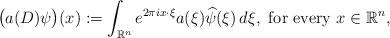
LaTeX: \begin{align*}\big( a(D)\psi \big)(x) := \int_{\mathbb{R}^n} e^{2 \pi i x \cdot \xi}a(\xi) \widehat{\psi}(\xi) \, d\xi, \textrm{ for every } x \in \mathbb{R}^{n},\end{align*}